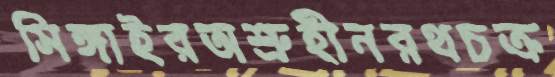
সিঙ্গাইরঅশ্রুহীনরথচক্র